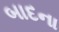
બાદના